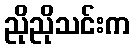
ညိုညိုသင်းက